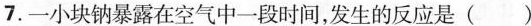
7.一小块钠暴露在空气中一段时间，发生的反应是()